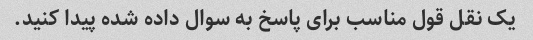
یک نقل قول مناسب برای پاسخ به سوال داده شده پیدا کنید.